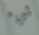
شيء